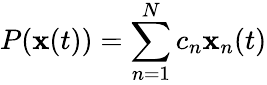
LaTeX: P(\mathbf{x}(t))=\sum_{n=1}^{N}c_{n}\mathbf{x}_{n}(t)